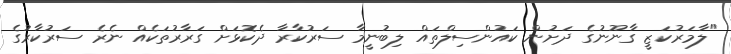
"ލާމަރުކަޒީ ގާނޫނުގެ ދަށުން ކައުންސިލްތައް ލިބުނީމާ ސަރުކާރާ ދެކޮޅަށް ގަރާރުތަކެއް ނެރެ ސަރުކާރުގެ